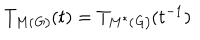
T _ { M ( \mathit { G ) } } ( t ) = T _ { M ^ { \ast } ( \mathit { G ) } } ( t ^ { - 1 } )